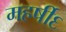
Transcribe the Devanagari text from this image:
महर्षी६